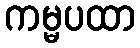
ကမ္မပထာ